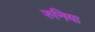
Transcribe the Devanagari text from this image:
रुनिया